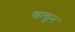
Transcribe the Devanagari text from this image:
खल्डून